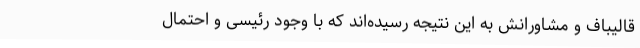
قالیباف و مشاورانش به این نتیجه رسیده‌اند که با وجود رئیسی و احتمال